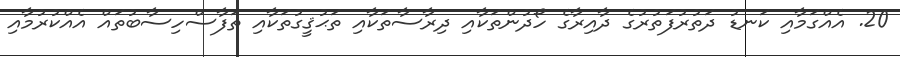
20. އެއްގަމާއި ކަނޑު ދަތުރުފަތުރުގެ ދާއިރާގެ ހޯދުންތަކާއި ދިރާސާތަކާއި ތަޙުޤީގުތަކާއި ތަފާސްހިސާބުތައް އެއްކުރުމާއި